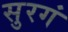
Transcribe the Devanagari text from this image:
सुरगं